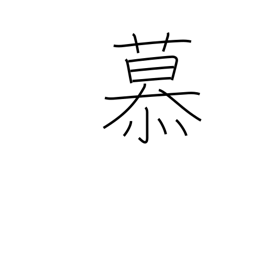
Meaning: love dearly